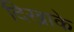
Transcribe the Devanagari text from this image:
दिखाके